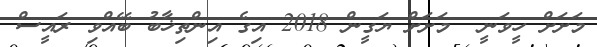
މަށަށް ހީވަނީ  މަށަށް ޔަގީން 2018 އިގެ އިންތިޚާބު ބޭއްވި ރައީސް